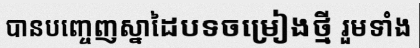
បានបញ្ចេញស្នាដៃបទចម្រៀងថ្មី រួមទាំង